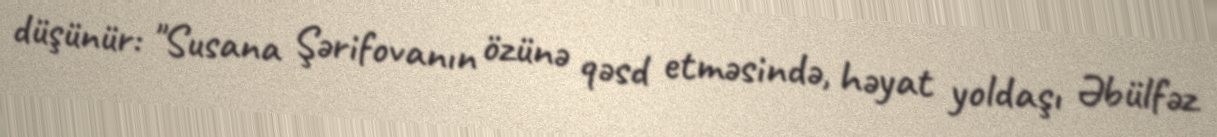
düşünür: "Susana Şərifovanın özünə qəsd etməsində, həyat yoldaşı Əbülfəz